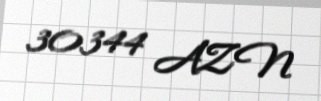
30344 AZN